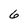
Character: 6